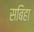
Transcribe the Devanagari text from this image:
सबिहा